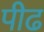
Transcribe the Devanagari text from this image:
पीढ